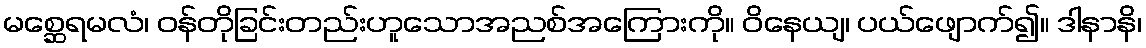
မစ္ဆေရမလံ၊ ဝန်တိုခြင်းတည်းဟူသောအညစ်အကြေားကို။ ဝိနေယျ၊ ပယ်ဖျောက်၍။ ဒါနာနိ၊